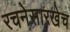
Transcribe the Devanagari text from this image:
रचनेसारखेच